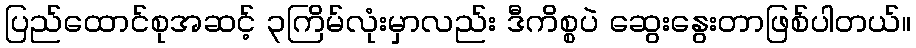
ပြည်ထောင်စုအဆင့် ၃ကြိမ်လုံးမှာလည်း ဒီကိစ္စပဲ ဆွေးနွေးတာဖြစ်ပါတယ်။